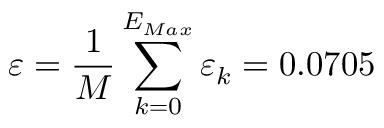
\varepsilon = \frac { 1 } { M } \sum _ { k = 0 } ^ { E _ { M a x } } \varepsilon _ { k } = 0 . 0 7 0 5